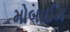
મોબાઈમ